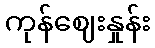
ကုန်ဈေးနှုန်း